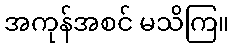
အကုန်အစင် မသိကြ။